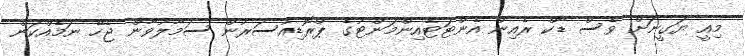
މިއީ ޔަގީނަށް ވެސް ޑާކް ރެއިން އެންޓަޓެއިންމަންޓުގެ ޕްރޮޑިއުސަރުން ސަމާލުވާން ޖެހޭ ނަމެއްކަން